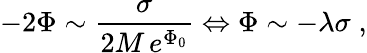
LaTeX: -2\Phi\sim\frac{\sigma}{2M\, e^{\Phi_{0}}}\Leftrightarrow\Phi\sim-\lambda\sigma\; ,